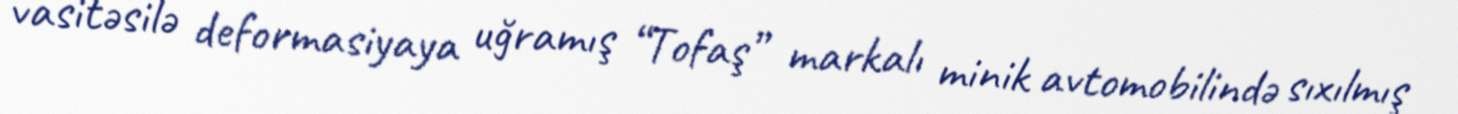
vasitəsilə deformasiyaya uğramış “Tofaş” markalı minik avtomobilində sıxılmış